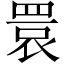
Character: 睘